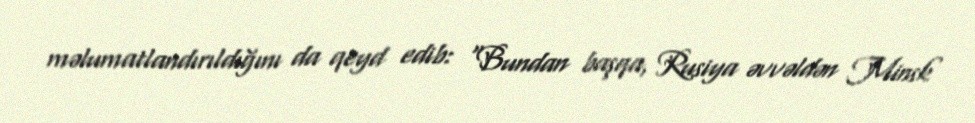
məlumatlandırıldığını da qeyd edib: “Bundan başqa, Rusiya əvvəldən Minsk